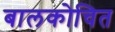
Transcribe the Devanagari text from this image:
बालकोचित